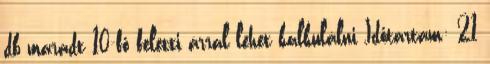
db maradt 10-fő feletti árral lehet kalkulálni Időtartam: 21